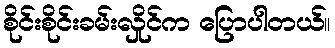
စိုင်းစိုင်းခမ်းလှိုင်က ပြောပါတယ်။